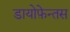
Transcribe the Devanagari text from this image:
डायोफ़ेन्तस